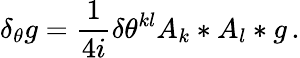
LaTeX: \delta_{\theta}g=\frac 1{4i}\delta\theta^{kl}A_{k}*A_{l}*g\, .